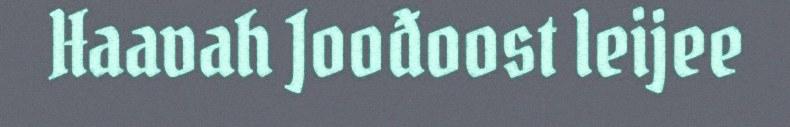
Haavah Joođoost leijee